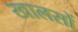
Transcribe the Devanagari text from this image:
खालसों